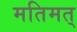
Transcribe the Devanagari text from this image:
मतिमत्‌